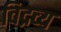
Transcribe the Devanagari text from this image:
विद्रव्य